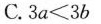
C.$$3 a < 3 b$$